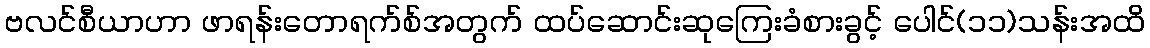
ဗလင်စီယာဟာ ဖာရန်းတောရက်စ်အတွက် ထပ်ဆောင်းဆုကြေးခံစားခွင့် ပေါင်(၁၁)သန်းအထိ